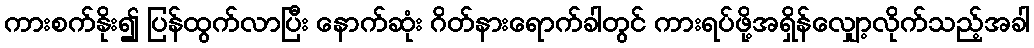
ကားစက်နိုး၍ ပြန်ထွက်လာပြီး နောက်ဆုံး ဂိတ်နားရောက်ခါတွင် ကားရပ်ဖို့အရှိန်လျှော့လိုက်သည့်အခါ